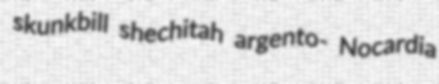
skunkbill shechitah argento- Nocardia